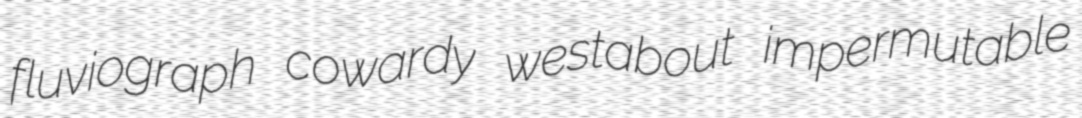
fluviograph cowardy westabout impermutable